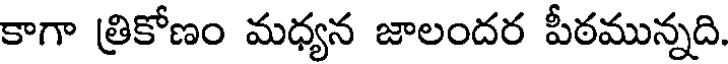
కాగా త్రికోణం మధ్యన జాలందర పీఠమున్నది.